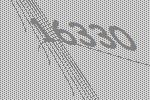
16330